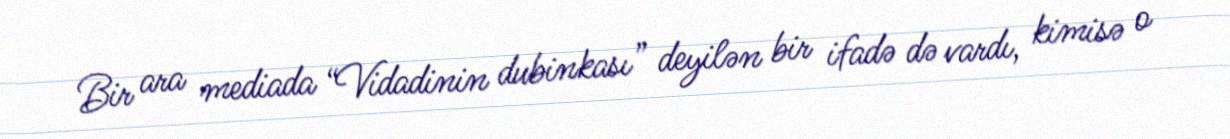
Bir ara mediada “Vidadinin dubinkası” deyilən bir ifadə də vardı, kimisə o